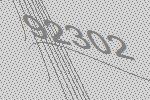
92302